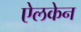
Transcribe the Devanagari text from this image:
ऐलकेन